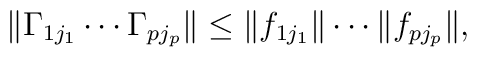
\|\Gamma_{1j_1} \cdots \Gamma_{pj_p}\|\le  \|f_{1j_1}\| \cdots  \|f_{pj_p}\| ,